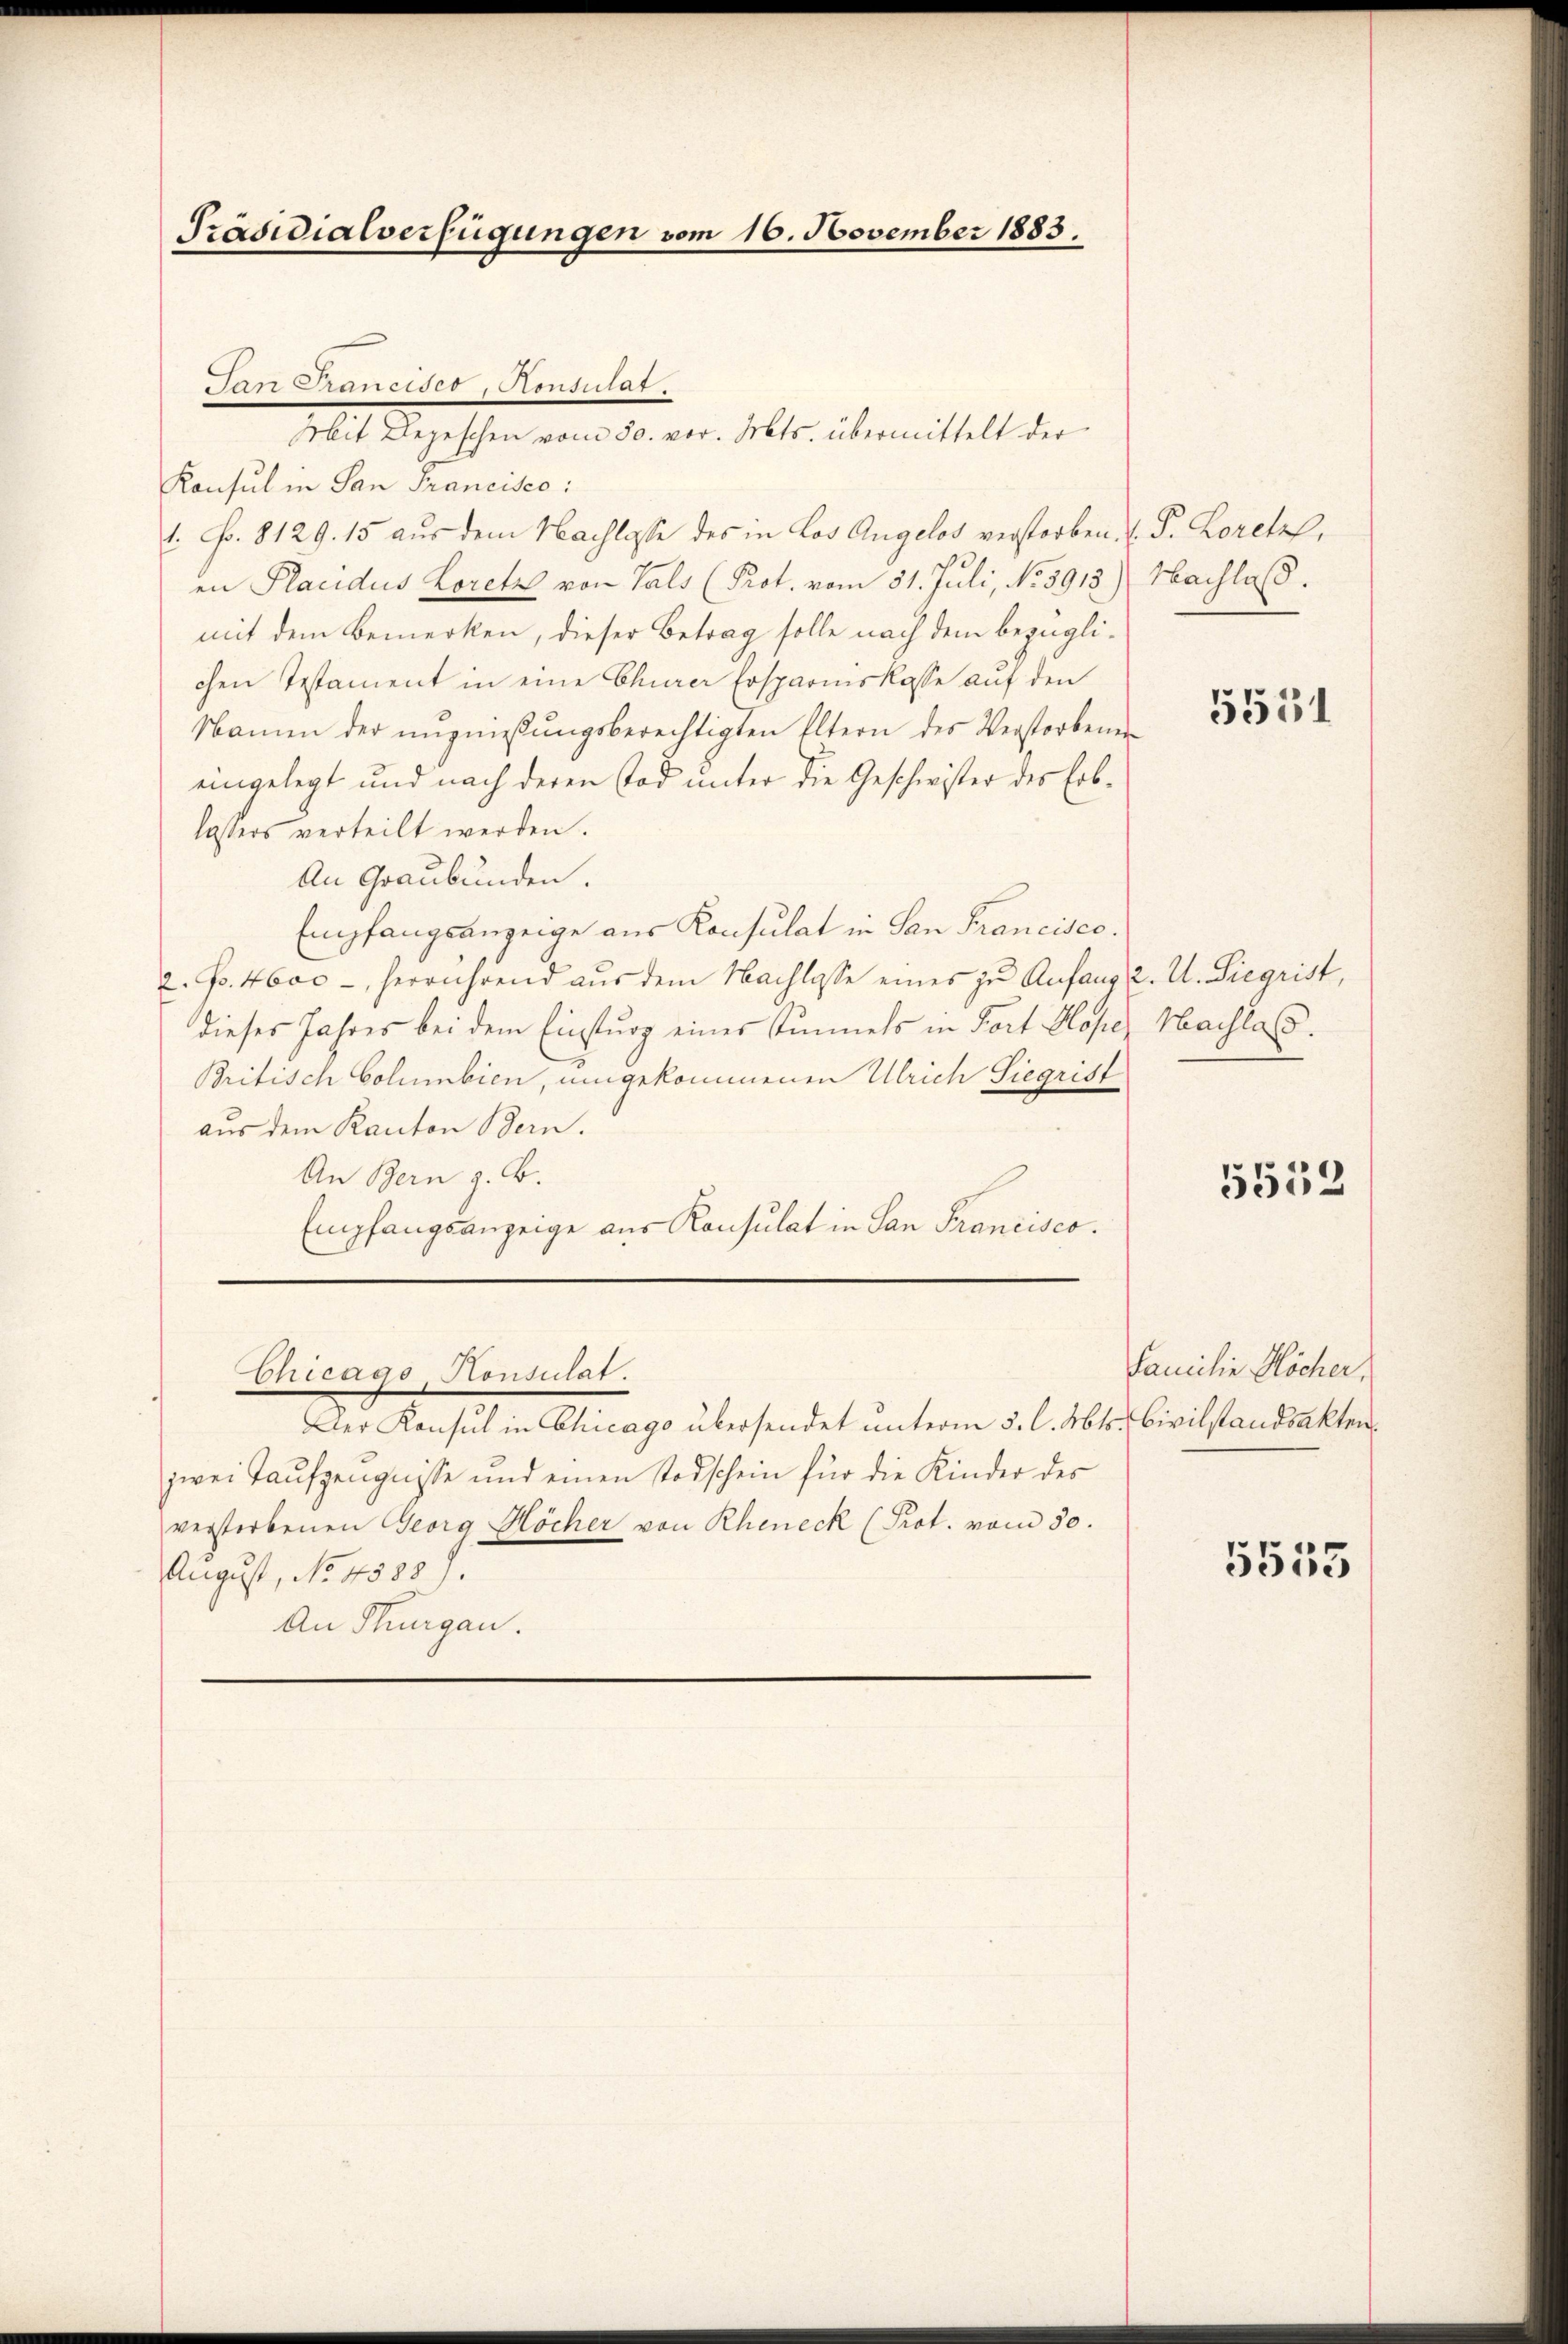
Präsidialverfügungen vom 16. November 1883.

San Francises, Konsulat
Mit Depeschen vom 30. vor. Mts. übermittelt der
Konsul in San Francisco:
1. Fr. 8129. 15 aus dem Nachlasse des in Los Angelos verstorben. F. P. Loretze,
en Placidus Loretze von Hals (Prot. vom 31. Juli, No 5913) Nachlaß.
mit dem Bemerken, dieser Betrag solle nach dem bezüglichen Testament in eine Churer Ersparniskasse auf den
Namen der augmessungsberechtigten Eltern des Verstorbenen
eingelegt und nach deren Tod unter die Geschwister des Erblassers verteilt werden.
An Graubünden.
Empfangsanzeige aus Konsulat in San Francisco.
2. Fr. 4600 - herrührend aŭs dem Nachlasse eines zu Anfang 2. A. Siegrist,
dieses Jahres bei dem Einsturz eines Simmels in Fort Hose
Britisch Columbien, umgekommenen Ulrich Siegrist
aus dem Kanton Bern.
An Bern z. B.
Empfangsanzeige aus Konsulat in San Francisco.

Chicago Konsulat.

Der Pensilien Chicago übersendet unterm 5. d. Mt. Civil fandretter
zwei Taufzeugnisse und einen Todschein für die Kinder des
verstorbenen Georg Höcher von Rheneck (Prot. vom 30.
August, No 45307.
An Thurgau.

5551

Nachlass.

5552

Familie Höcher,

5555